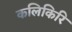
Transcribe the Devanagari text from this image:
कलिकिरि